Virumaa_algkoolid, lk 14
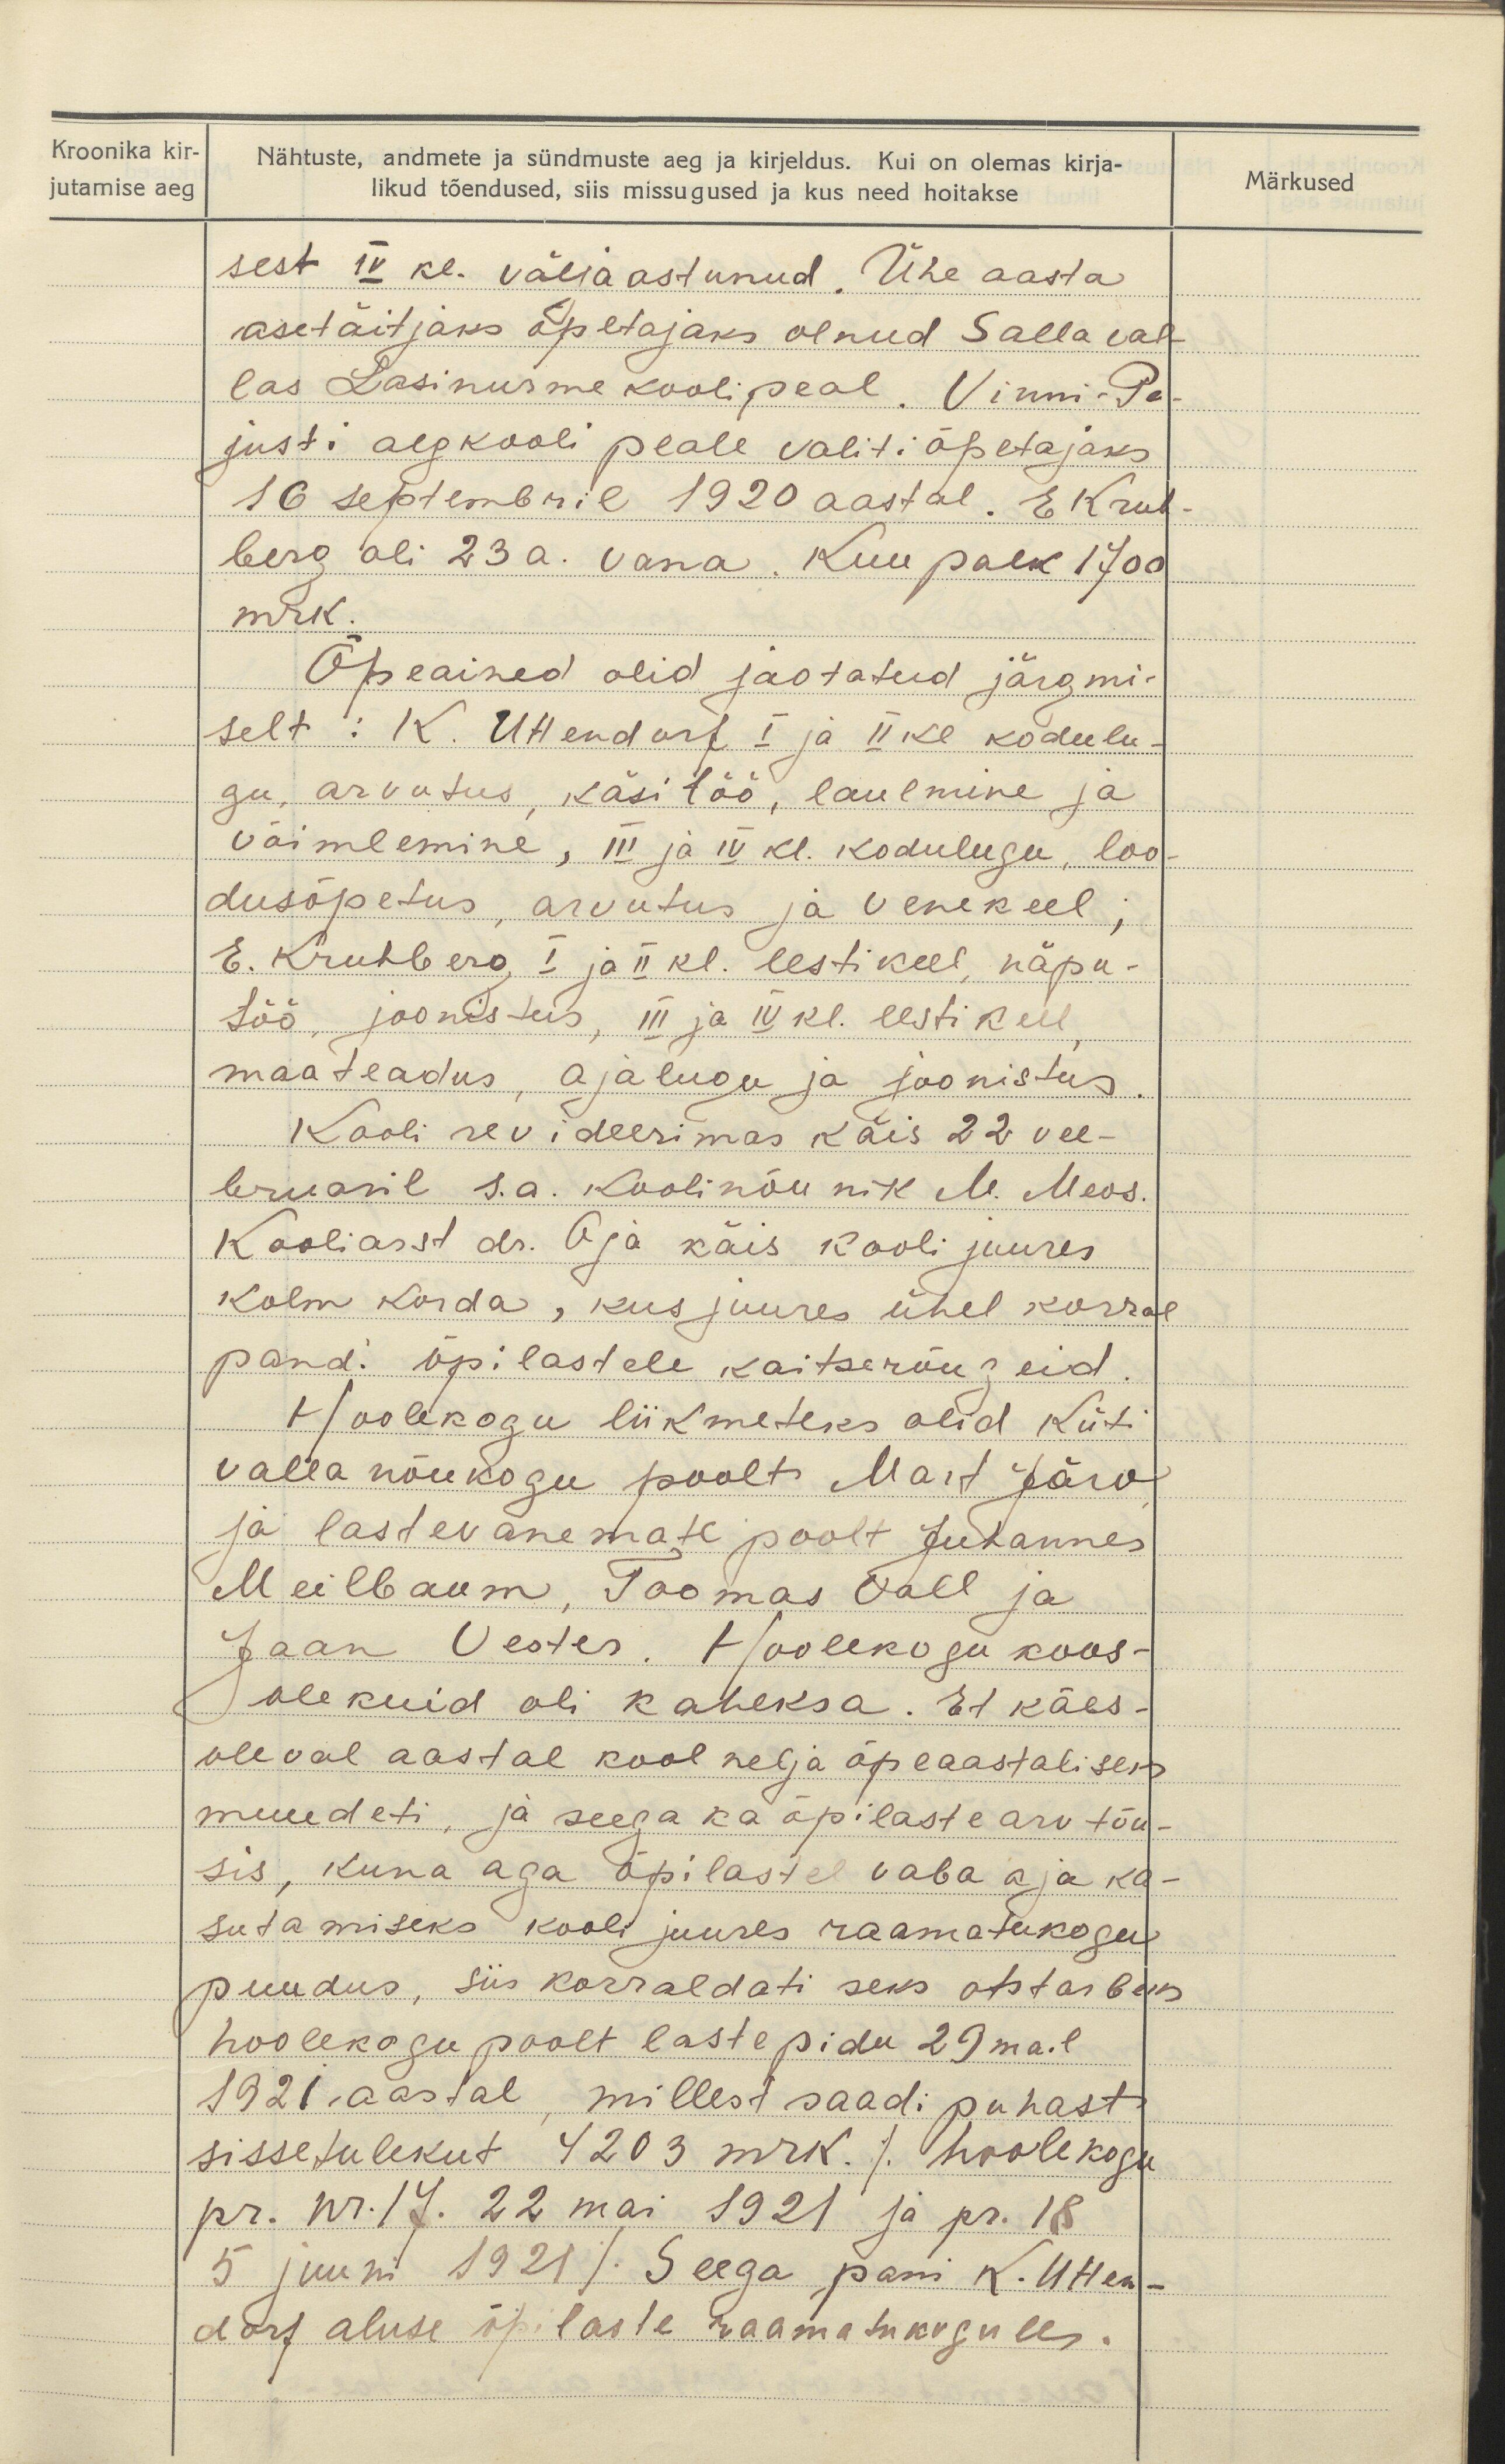
Kroonika kir-
jutamise aeg

Nähtuste, andmete ja sündmuste aeg ja kirjeldus. Kui on olemas kirja-
likud tõendused, siis missugused ja kus need hoitakse

Märkused

sest IV krl välja astunud. Ühe aasta
asetäitjaks õpetajaks olnud Salla val-
las Lasinurme kooli peal. Vinni-Pa-
justi algkooli peale valiti õpetajaks
16 septembril 1920 aastal. E Kruh-
berg oli 23 a. vana. Kuu palk 1700
mrk.
Õpeained olid jaotatud järgmi-
selt : K. Uttendorf I ja II kl kodulu-
gu, arvutus, käsitöö, laulmine ja
võimlemine, III ja IV. kl. kodulugu, loo-
dusõpetus, arvutus ja venekeel;
E. Kruhberg, I ja II kl. eestikeel, näpu-
töö, joonistus, III ja IV kl. eesti keel,
maateadus, ajalugu ja joonistus.
Kooli revideerimas käis 22 vee-
bruaril s.a. Koolinõunik M. Meos.
Kooliarst dr. Oja käis kooli juures
kolm korda, kus juures ühel korral
pandi õpilastele kaitserõugeid.
Hoolekogu liikmeteks olid Küti
valla nõukogu poolt Mart Järv
ja lastevanemate poolt Juhannes
Meilbaum, Toomas Vall ja
Jaan Vester. Hoolekogu koos-
olekuid oli kaheksa. Et käes-
oleval aastal kool nelja õpeaastaliseks
muudeti ja seega ka õpilaste arv tõu-
sis, kuna aga õpilastel vaba aja ka-
sutamiseks kooli juures raamatukogu
puudus, siis korraldati seks otstarbeks
hoolekogu poolt laste pidu 29 mail
1921 aastal, millest saadi puhast
sissetulekut 4203 mrk. /hoolekogu
pr. nr. 17. 22 mai 1921 ja pr. 18.
5 juuni 1921 /Seega pani K. Utten-
dorf aluse õpilaste raamatukogule.